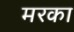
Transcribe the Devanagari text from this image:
मरका